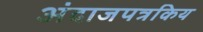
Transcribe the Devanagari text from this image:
अंदाजपत्रकिय